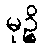
မုဉ္စိ